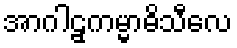
အာဂါဠှကမ္မာဓိသီလေ